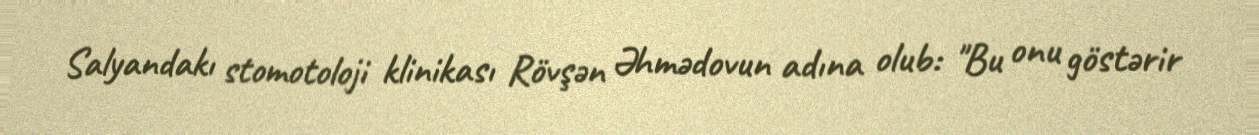
Salyandakı stomotoloji klinikası Rövşən Əhmədovun adına olub: "Bu onu göstərir